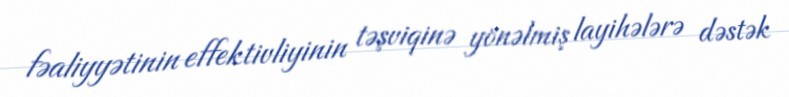
fəaliyyətinin effektivliyinin təşviqinə yönəlmiş layihələrə dəstək